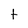
Character: t